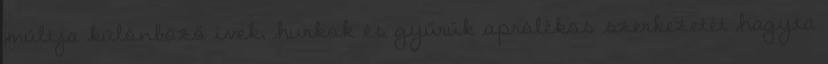
múltja különböző ívek, hurkok és gyűrűk aprólékos szerkezetét hagyta